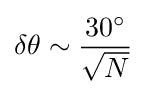
\delta \theta \sim {30^{\circ } \over {\sqrt {N}}}